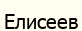
Елисеев